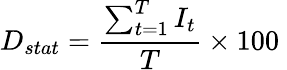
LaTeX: D_{stat}=\frac{\sum_{t=1}^{T}I_{t}}{T}\times 100\